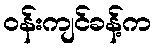
ဝန်းကျင်ခန့်က